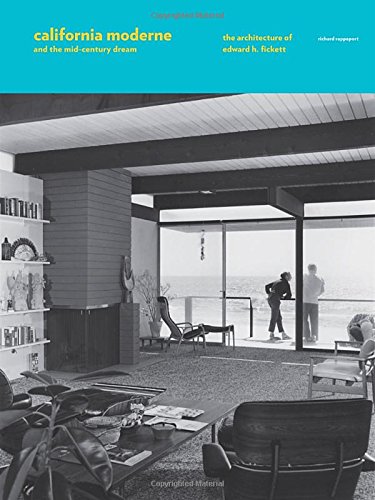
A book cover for California Moderne and the Mid-Century Dream: The Architecture of Edward H. Fickett; Richard Rapaport; Crafts, Hobbies & Home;